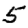
Digit: 5